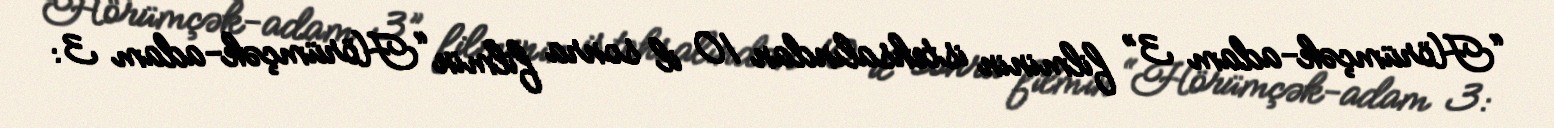
“Hörümçək-adam 3” filminin istehsalından 10 il sonra filmin “Hörümçək-adam 3: